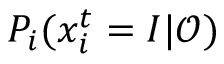
P _ { i } ( x _ { i } ^ { t } = I | \mathcal { O } )